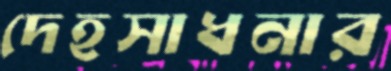
দেহসাধনার